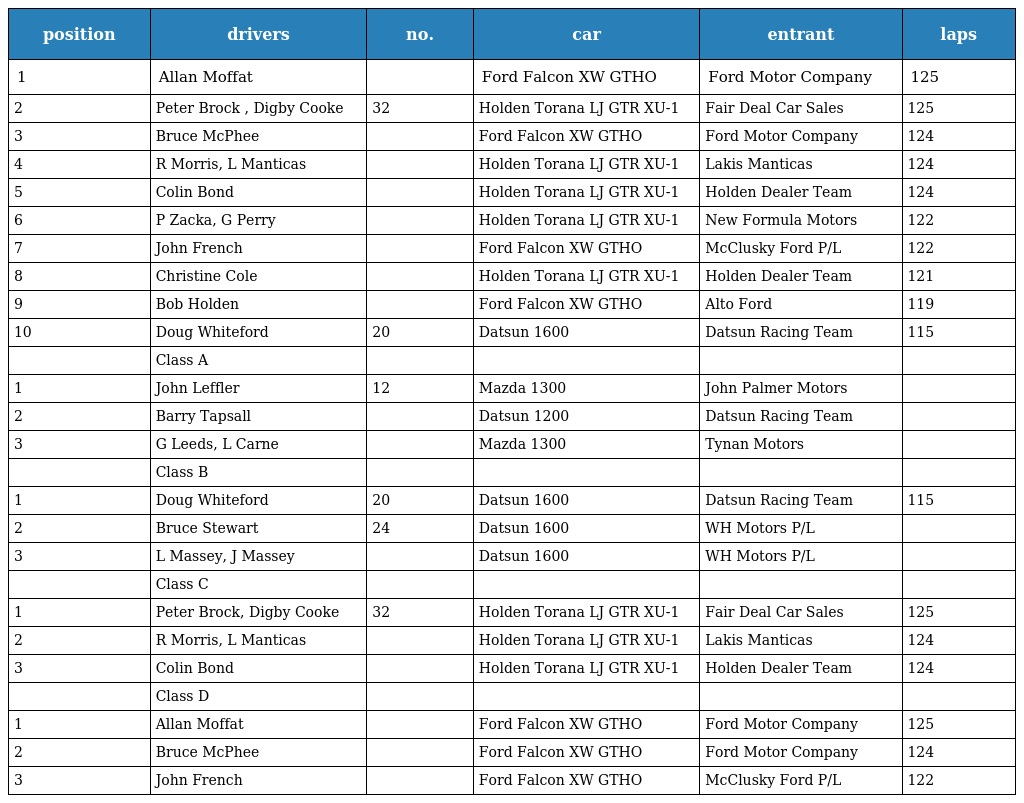
| position | drivers | no. | car | entrant | laps |
 | --- | --- | --- | --- | --- | --- |
 | 1 | Allan Moffat |  | Ford Falcon XW GTHO | Ford Motor Company | 125 |
 | 2 | Peter Brock , Digby Cooke | 32 | Holden Torana LJ GTR XU-1 | Fair Deal Car Sales | 125 |
 | 3 | Bruce McPhee |  | Ford Falcon XW GTHO | Ford Motor Company | 124 |
 | 4 | R Morris, L Manticas |  | Holden Torana LJ GTR XU-1 | Lakis Manticas | 124 |
 | 5 | Colin Bond |  | Holden Torana LJ GTR XU-1 | Holden Dealer Team | 124 |
 | 6 | P Zacka, G Perry |  | Holden Torana LJ GTR XU-1 | New Formula Motors | 122 |
 | 7 | John French |  | Ford Falcon XW GTHO | McClusky Ford P/L | 122 |
 | 8 | Christine Cole |  | Holden Torana LJ GTR XU-1 | Holden Dealer Team | 121 |
 | 9 | Bob Holden |  | Ford Falcon XW GTHO | Alto Ford | 119 |
 | 10 | Doug Whiteford | 20 | Datsun 1600 | Datsun Racing Team | 115 |
 |  | Class A |  |  |  |  |
 | 1 | John Leffler | 12 | Mazda 1300 | John Palmer Motors |  |
 | 2 | Barry Tapsall |  | Datsun 1200 | Datsun Racing Team |  |
 | 3 | G Leeds, L Carne |  | Mazda 1300 | Tynan Motors |  |
 |  | Class B |  |  |  |  |
 | 1 | Doug Whiteford | 20 | Datsun 1600 | Datsun Racing Team | 115 |
 | 2 | Bruce Stewart | 24 | Datsun 1600 | WH Motors P/L |  |
 | 3 | L Massey, J Massey |  | Datsun 1600 | WH Motors P/L |  |
 |  | Class C |  |  |  |  |
 | 1 | Peter Brock, Digby Cooke | 32 | Holden Torana LJ GTR XU-1 | Fair Deal Car Sales | 125 |
 | 2 | R Morris, L Manticas |  | Holden Torana LJ GTR XU-1 | Lakis Manticas | 124 |
 | 3 | Colin Bond |  | Holden Torana LJ GTR XU-1 | Holden Dealer Team | 124 |
 |  | Class D |  |  |  |  |
 | 1 | Allan Moffat |  | Ford Falcon XW GTHO | Ford Motor Company | 125 |
 | 2 | Bruce McPhee |  | Ford Falcon XW GTHO | Ford Motor Company | 124 |
 | 3 | John French |  | Ford Falcon XW GTHO | McClusky Ford P/L | 122 |